Medical and sanitary report of the native army of Bengal for the year
Year: 1877
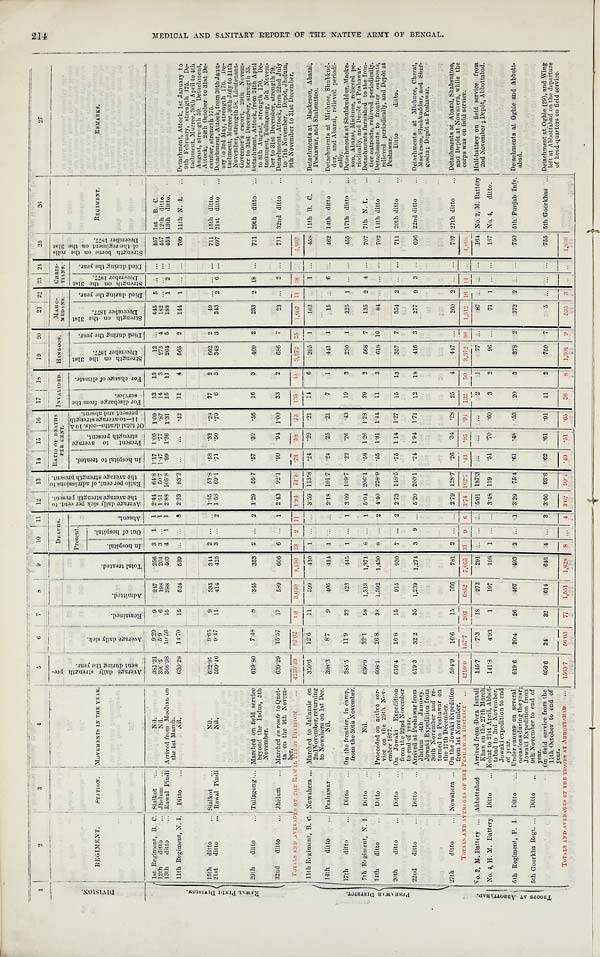
to
0
H
H
.;,"1
tj
O
H
O
H
H
H
H
?-d
1
2
3
4
5
6
7 8
9
10
11
1 2
13
14
15
16
17
18
19
20
21 22 23 24
25
2 6
27
D I V I S I O N . R E G I M E N T .
STATION. MOVEMENTS IN THE YEAR.
A v e r a g e d a l i y s t r e n g t h p r e -
s e n t d u r i n g t h e y e a r .
A v e r a g e d a i l y s i c k .
R e m a i n e d .
A d m i t t e d .
T o t a l t r e a t e d .
DEATHS.
A v e r a g e d a i l y s i c k p e r c e n t . t o t h e a v e r a g e s t r e n g t h p r e s e n t .
T a t i o p e r c e n t . o f a d m i s s i o n s t o t h e a v e r a g e s t r e n g t h p r e s e n t . RATIO OF DEATHS
PER CENT.
INVALIDED. HINDOOS.
MAHO-
MEDANS.
CHRIS-
TIANS. S t r e n g t h b o r n e o n t h e r o l l s
o f t h e r e g i m e n t o n t h e 3 1 s t
D e c e m b e r 1 8 7 7 .
REGIMENT.
REMARKS.
Present.
A b s e n t .
I n h o s p i t a l t o t r e a t e d . P r e s e n t t o a v e r a g e s t r e n g h t p r e s e n t .
O f t o t a l d e a t h s - - c o l s . 1 0 & 1 1 — t o a v e r a g e s t r e n g t h
p r e s e n t a n d a b s e n t .
F o r d i s c h a r g e f r o m t h e
s e r v i c e .
F o r c h a n g e o f c l i m a t e .
S t r e n g t h o n t h e 3 1 s t
D e c e m b e r 1 8 7 7 .
D i e d d u r i n g 1 8 7 7 .
S t r e n g t h o n t h e 3 1 s t
D e c e m b e r 1 8 7 7 .
D i e d d u r i n g t h e y e a r .
S t r e n g t h o n t h e 3 1 s t
D e c e m b e r 1 8 7 7 .
D i e d d u r i n g t h e y e a r .
I n h o s p i t a l .
O u t o f h o s p i t a l .
R A W A L P I N D I D I V I S I O N .
1st Regiment, B. C. Sialkot
Nil.
381.21
9.29
9
247
256 3 1 1 2.44 64.8 1.17 1.05 1.09
13
13
12 ...
445 5 . . .
. . .
457 1st B. C.
12th ditto
... Jhelum ...
Nil.
390.5
5.9
6
198
204 3 ... 1 1.51 50.7 1.47 .77
.87
14
3
275 4
182
. . . . . . . . .
457 12th ditto.
13th ditto
... Rawal Pindi Arrived from Mooltan on
the 1st March.
366.98 10.56
15
388
403 4 1 1 2.88 105.8
.99 1.36 1.31
15
11
264 5
188
1 2
. . .
454 13th ditto.
11th Regiment, N. I. Ditto
N i l .
6 3 0 . 2 8 14.70
15
524
539
. . .
...
3
2.33 83.2
...
. . .
.42
11
4
565 2
144
1 . . .
. . .
709 11th N. I.
Detachment, Attock, 1st January to
9th February, strength 175. De-
tachment, Murree, 30th April to 4th
August, strength 59. Detachment,
Attock, 24th October to 31st De-
cember, strength 175.
15th ditto
... Sislkot
. . .
N i l .
6 2 2 . 9 7
9.65
9
335
341
2 ...
. . . 1.55 53.8 .58 .32 .28
27
2 662 2
49
. . . . . .
. . .
711 15th ditto.
21st ditto
...Rawal Pindi
Nil.
599.46
9.47
11
414
425 3
...
2
1.58 69.1
. 7 1 .50 .70
6
3
348 3
343
2 6
. . .
697 21st ditto
... Detachment, Attock, from 30th Janu-
ary to 3rd May, strength 176. De-
tachment, Murree, 30th July to 11th
November, strength 58. Lieutenant-
Governor's escort, 29th Novem-
ber to 31st December, strength 35.
29th ditto
... Tullagong ... Marched on field service
beyond the Indus, 5th
November.
619.80
7.48
8
345
353 2 ... 2 1.29 55.7
.57 .32
.56
16
3
460 2
233
2
18
. . .
711 29th ditto
Detachment, Attock, from 24th April
to 8th August, strength 170. De-
tachment, Tullagong, 5th Novem-
h
ber to 31st December, strength 79.
32nd ditto
Jhelum ... Marched en route to Quet-
ta on the 9th Novem-b e r .
639.29
15.57
17
589
606 6 ...
1
2.43 92.1
.99 .94 1.00
33
2
686
7
23
. . .
2
. . .
711 32nd ditto
... Detachment, Attock, from 22nd July
to 7th November. Depôt, Jhelum,
9th November to 31st December.
T O T A L S A N D A V E R A G E S
O F T H E
R A W A L P I N D I D I V I S I O N
4 2 5 0 . 4 9
82.62
1 0 3,040
3 , 1 3 0 2 3 2 1 1
1 . 9 4 71.6
. 73
. 5 8
. 7 3
1 3 5
4 1 3,272
2 5 1,607 11
2 8 . . .
4 , 9 0 7
P E S H A W A R D I S T R I C T .
l1th Regiment, B. C. Nowshera
Marched to Jallazaie on
2nd November, returning
to Nowshera on 1st Dec.
350.6
12.6
11
399
410
1 ... ... 3.59 113.8
. 24 .29 .21
14
6
295 1
162
. . .
1 . . .
458 11th B. C. ... Detachments at Mackeson, Abazai,
Peshawar, and Shabsuttoo.
14th ditto
... Peshawar
Nil.
398.3
8.7
9
405
414 1 ...
. . . 2.18 101.7
. 24 .25 .21
7
1
441 1
15
. . .
6
. . . 462 14th ditto
... Detachments at Michnee, Shubkud-
dur, and Abazai, relieved periodi-
cally.
17th ditto
... Ditto
... On the frontier, in camp,
from the 30th November.
385.5
11.9
22
423
445 1 ...
1 3.09 109.7
.22 .26 .43
19
3
230 1
225
1
. . .
. . . 455 17th ditto
... Detachments at Shubkuddur, Macke-
son, Abazai, Michnee, relieved pe-
r i o d i c a l l y , a n d D e p ô t a t P e s h a w a r .
7th Regiment, N. I. Ditto
N i l .
636.9
32.1
58
1,313
1,371 8 ... 1 5.04 206.1
.58 1.26 1.28
29
2
568 7
135 2 4 . . .
707 7th N. I.
... Detachments furnished to the fron-
tier outposts, relieved. periodically.
14th ditto
Ditto
... Proceeded on active
s e r -
vice on the 29th Nov-
ember 1877.
608.1
26.8
38 1,392
1,430 8 ...
2 4.40 228.9
. 55 1.31 1.44 11
3
618 10
84
. . .
. . .
. . .
702 14th ditto
... Detachments to frontier outposts,
relieved periodically, and Depôt at
Peshawar.
20th ditto
... Ditto
... On Jowaki Expedition
from the 22nd November
to end of year.
616.4
16.8
15
915
930 7 ... 2 2.73 148.5
.75 1.14 1.27
15
13
357
7
354
2 . . .
. . . 711 20th ditto
...
Ditto ditto.
22nd ditto
... Ditto
... Arrived at Peshawar from
Jhelum 4th January.
Jowaki Expedition from
30th November and re-
turned to Peshawar on
the 17th December.
6 1 9 . 3
32.2
35
1,239
1,274
3
9
. . .
5.20 200.1
.24 1.94 1.71
12
18
416 3
277
9
3
. . .
696 22nd ditto
... Detachments at Michnee, Cherat,
Mackeson, Shubkuddur, and Sher-
gosha; Depôt at Peshawar.
27th ditto
... Nowshera
On the Jowaki Expedition
from 1st November.
594.9
16.6
15
766
781
2 ... ... 2.79 128.7
.26
. 3 4 .28
25
4
447 ...
260 2
. . .
. . . 707 27th ditto
... Detachments at Abazai, Shabsuttoo,
and Depôt at Nowshera, while the
corps was on held service.
TOTALS AND AVER AGES OF THE PESHAWAR DISTRICT ... 4210.0
157.7
203
6852
7,055
3 1 9
6 3.74 162,7
. 43 .95
. 9 4 132
5 0 3,372
3 0 1,512 16 1 4
. . .
4 , 8 9 8
T R O O P S A T A B B O T T A B A D .
No. 2, M. Battery ... Abbottabad Arrived from Dera Ismail
Khan on the 27th March.
145.7
7.3
1 8
273
291 ... ... ... 5.01 187.3 ...
. . .
. . .
2
1
77 ...
87 . . .
. . .
. . . 164 No. 2, M. Battery Half-battery on field service from
2nd November ; Depôt, Abbottabad.
No. 4, H. M. Battery Ditto
. . . Kohat to 21st April, Abbot-
tabad to 3rd November,
Jowaki expedition to end
of year.
141.8
4.93
1
197
198 1 ...
. . .
3.48 139
. 51 .70 .60
3
2
96 ...
71
1
. . .
. . .
167 No. 4, ditto.
5th Regiment, P. I. Ditto
... Under canvas on several
occasions during the year;
Jowaki Expedition from
619.6
20.4
26
467
493 3 ... .1 3.29 75.4
. 61 .48 .53
20
3
378 2
372
2
. . .
. . . 750 5th Punjab Infy ... Detachments at Oghie and Abbott-
abad.
5th Goorkha Regt. ... Ditto
... 9th November to end of year.
On field service from the
11th October to end of
year.
656.6
24
32
614
646 4 ... 3 3.66 93.6
. 62 .61 .91
11
1
750 7
5
. . .
. . .
. . . 755 5th Goorkhas
Detachment at Oghie (29), and Wing
left at Abbottabad on the departure
of head quarters on field service.
TOTALS AND AVERAGES OF THE TROOPS
AT ABBOTTABAD ...
1563.7
56.63 77
1,551
1,628
8 ...
4 3.62 99.4
. 49 .51 .65
36
8 1 , 3 0 1
9
5 3 5 3
. . .
. . .
1 , 8 3 6